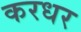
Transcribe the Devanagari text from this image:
करधर